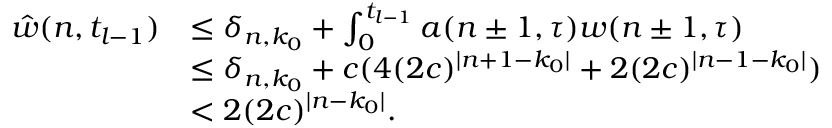
\begin{array} { r l } { \hat { w } ( n , t _ { l - 1 } ) } & { \le \delta _ { n , k _ { 0 } } + \int _ { 0 } ^ { t _ { l - 1 } } a ( n \pm 1 , \tau ) w ( n \pm 1 , \tau ) } \\ & { \le \delta _ { n , k _ { 0 } } + c ( 4 ( 2 c ) ^ { \vert n + 1 - k _ { 0 } \vert } + 2 ( 2 c ) ^ { \vert n - 1 - k _ { 0 } \vert } ) } \\ & { < 2 ( 2 c ) ^ { \vert n - k _ { 0 } \vert } . } \end{array}